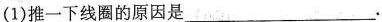
(1)推一下线圈的原因是___.